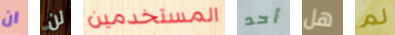
ان لن المستخدمين أحد هل لم